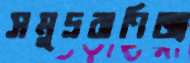
সমুদ্রবাণিজ্য